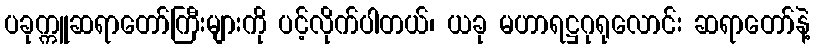
ပခုက္ကူဆရာတော်ကြီးများကို ပင့်လိုက်ပါတယ်၊ ယခု မဟာရဋ္ဌဂုရုလောင်း ဆရာတော်နဲ့